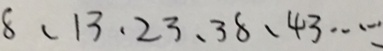
8 、 1 3 、 2 3 、 3 8 、 4 3 \cdots